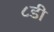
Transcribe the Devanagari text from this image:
८डी